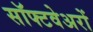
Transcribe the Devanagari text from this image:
सॉफ्टवेअरों